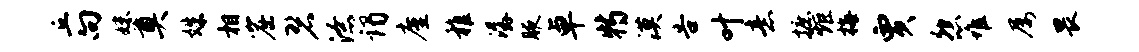
丘向妹奠姝相窟碧潦谒廑稚潺腋卓特漠告叶意摭炬梅贾怨堆屡畏